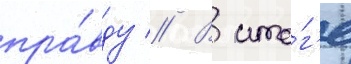
пра́вду // В ито́г'е